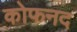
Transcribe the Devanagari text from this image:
कोफनद